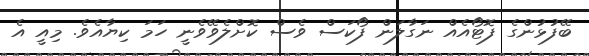
ބޭފުޅުންގެ ފޮޓޯއެއް ނަގާލަން ފޯކަސް ވެސް ކޮށްލެވޭވެނީ ހަމަ ކިޔާއެވެ. މިއީ އެ